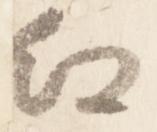
紅